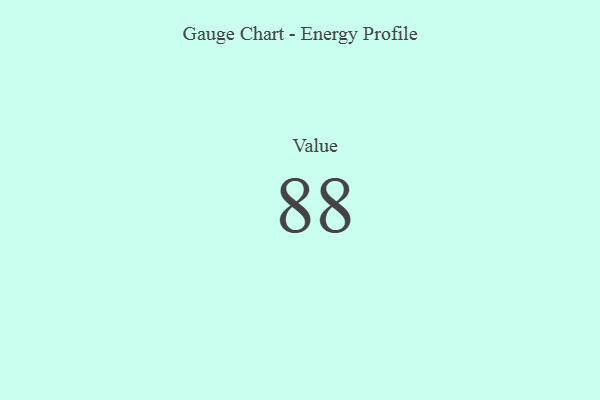
{"axis": {"x": "Metric", "y": "Value"}, "legend": [""], "data": [{"x": "Value", "y": 88, "type": ""}]}